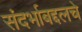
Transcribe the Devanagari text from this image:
संदर्भाबद्दलचे